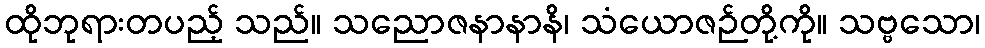
ထိုဘုရားတပည့် သည်။ သညောဇနာနာနိ၊ သံယောဇဉ်တို့ကို။ သဗ္ဗသော၊